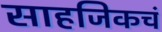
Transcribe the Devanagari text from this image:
साहजिकचं